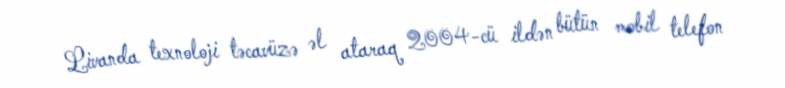
Livanda texnoloji təcavüzə əl ataraq 2004-cü ildən bütün mobil telefon